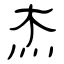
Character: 杰